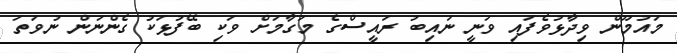
މައުމޫން ވިދާޅުވެފައި ވަނީ ނައިބު ރައީސްގެ މަގާމަށް ވަކި ބޭފުޅަކު ގެންނަން ނުވަތަ